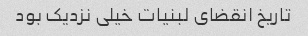
تاریخ انقضای لبنیات خیلی نزدیک بود